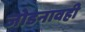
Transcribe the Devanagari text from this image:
जोडनावही